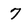
Character: 7